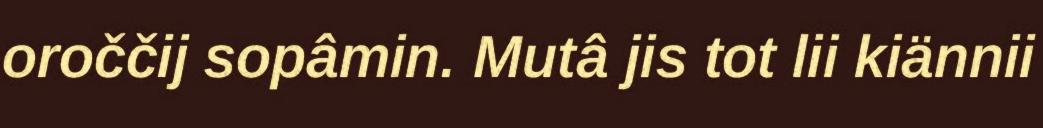
oroččij sopâmin. Mutâ jis tot lii kiännii